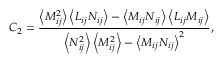
\quad { C _ { 2 } } = \frac { { \left\langle { M _ { i j } ^ { 2 } } \right\rangle \left\langle { { L } _ { i j } { N _ { i j } } } \right\rangle - \left\langle { { M _ { i j } } { N _ { i j } } } \right\rangle \left\langle { { L } _ { i j } { M _ { i j } } } \right\rangle } } { { \left\langle { N _ { i j } ^ { 2 } } \right\rangle \left\langle { M _ { i j } ^ { 2 } } \right\rangle - { { \left\langle { { M _ { i j } } { N _ { i j } } } \right\rangle } ^ { 2 } } } } ,